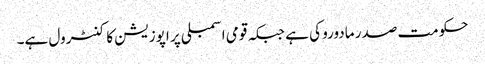
حکومت صدر مادورو کی ہے جبکہ قومی اسمبلی پر اپوزیشن کا کنٹرول ہے۔